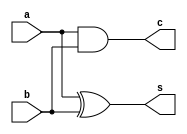
`timescale 1ns / 1ps
//////////////////////////////////////////////////////////////////////////////////
// Company: 
// Engineer: 
// 
// Design Name: 
// Module Name: half_adder
// Project Name: 
// Target Devices: 
// Tool Versions: 
// Description: 
// 
// Dependencies: 
// 
// Revision:
// Revision 0.01 - File Created
// Additional Comments:
// 
//////////////////////////////////////////////////////////////////////////////////
//By Vedant A Sontake(B20EE095)
//Lab-4-Work 1: Write a Program to implement a a) BCD Adder Unit b) BCD Subtractor Unit

module half_adder(a,b,s,c);
input a,b;
output s,c;
assign s=a^b;       //sum gives the output as xor of the 2 inputs in half adder
assign c=a&b;       //carry gives the output as & of the 2 inputs in half adder
endmodule